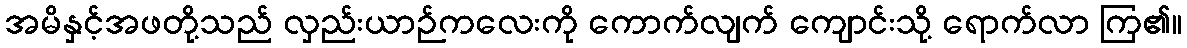
အမိနှင့်အဖတို့သည် လှည်းယာဉ်ကလေးကို ကောက်လျက် ကျောင်းသို့ ရောက်လာ ကြ၏။